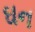
ઘન